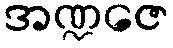
အဏ္ဍဇေ